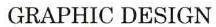
GRAPHIC DESIGN